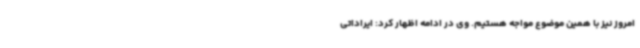
امروز نیز با همین موضوع مواجه هستیم. وی در ادامه اظهار کرد: ایراداتی